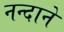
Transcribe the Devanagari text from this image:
नन्दाने